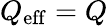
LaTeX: Q_{\mathrm{eff}}=Q